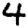
Digit: 4